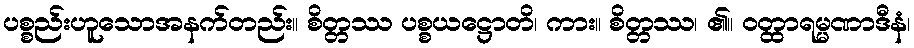
ပစ္စည်းဟူသောအနက်တည်း။ စိတ္တဿ ပစ္စယဋ္ဌောတိ၊ ကား။ စိတ္တဿ၊ ၏။ ဝတ္ထာရမ္မဏာဒီနံ၊